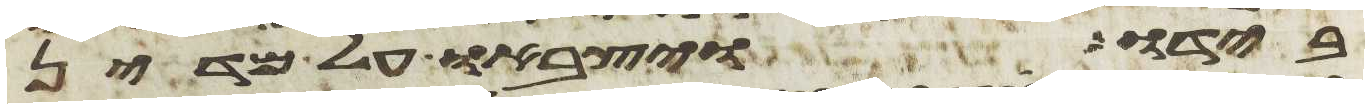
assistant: בידו ויצבאו על מדין